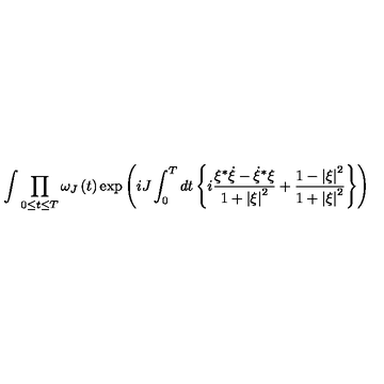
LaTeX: \int { \prod _ { 0 \le t \le T } { \omega _ { J } \left( t \right) } \exp \left( { i J \int _ { 0 } ^ { T } { d t \left\{ { i { \frac { \xi ^ { * } \dot { \xi } - { \dot { \xi } } ^ { * } \xi } { 1 + \left| \xi \right| ^ { 2 } } } + { \frac { 1 - \left| \xi \right| ^ { 2 } } { 1 + \left| \xi \right| ^ { 2 } } } } \right\} } } \right) }